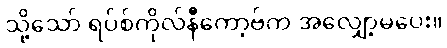
သို့သော် ရပ်စ်ကိုလ်နီကော့ဗ်က အလျှော့မပေး။